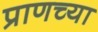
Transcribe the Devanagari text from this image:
प्राणच्या